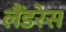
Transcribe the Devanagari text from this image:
लैंडरेस